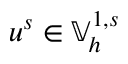
u ^ { s } \in \mathbb { V } _ { h } ^ { 1 , s }